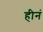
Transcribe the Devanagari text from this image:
हीनं